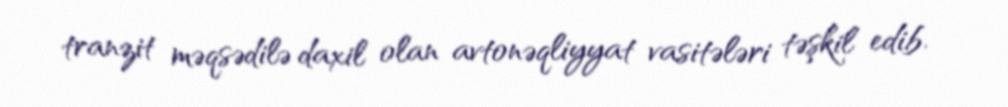
tranzit məqsədilə daxil olan avtonəqliyyat vasitələri təşkil edib.